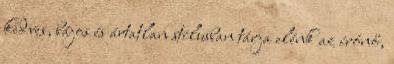
kedves, bájos és ártatlan stílusban tárja elénk az írónő,